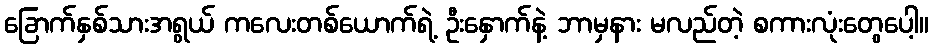
ခြောက်နှစ်သားအရွယ် ကလေးတစ်ယောက်ရဲ့ ဦးနှောက်နဲ့ ဘာမှနား မလည်တဲ့ စကားလုံးတွေပေါ့။